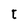
Character: t